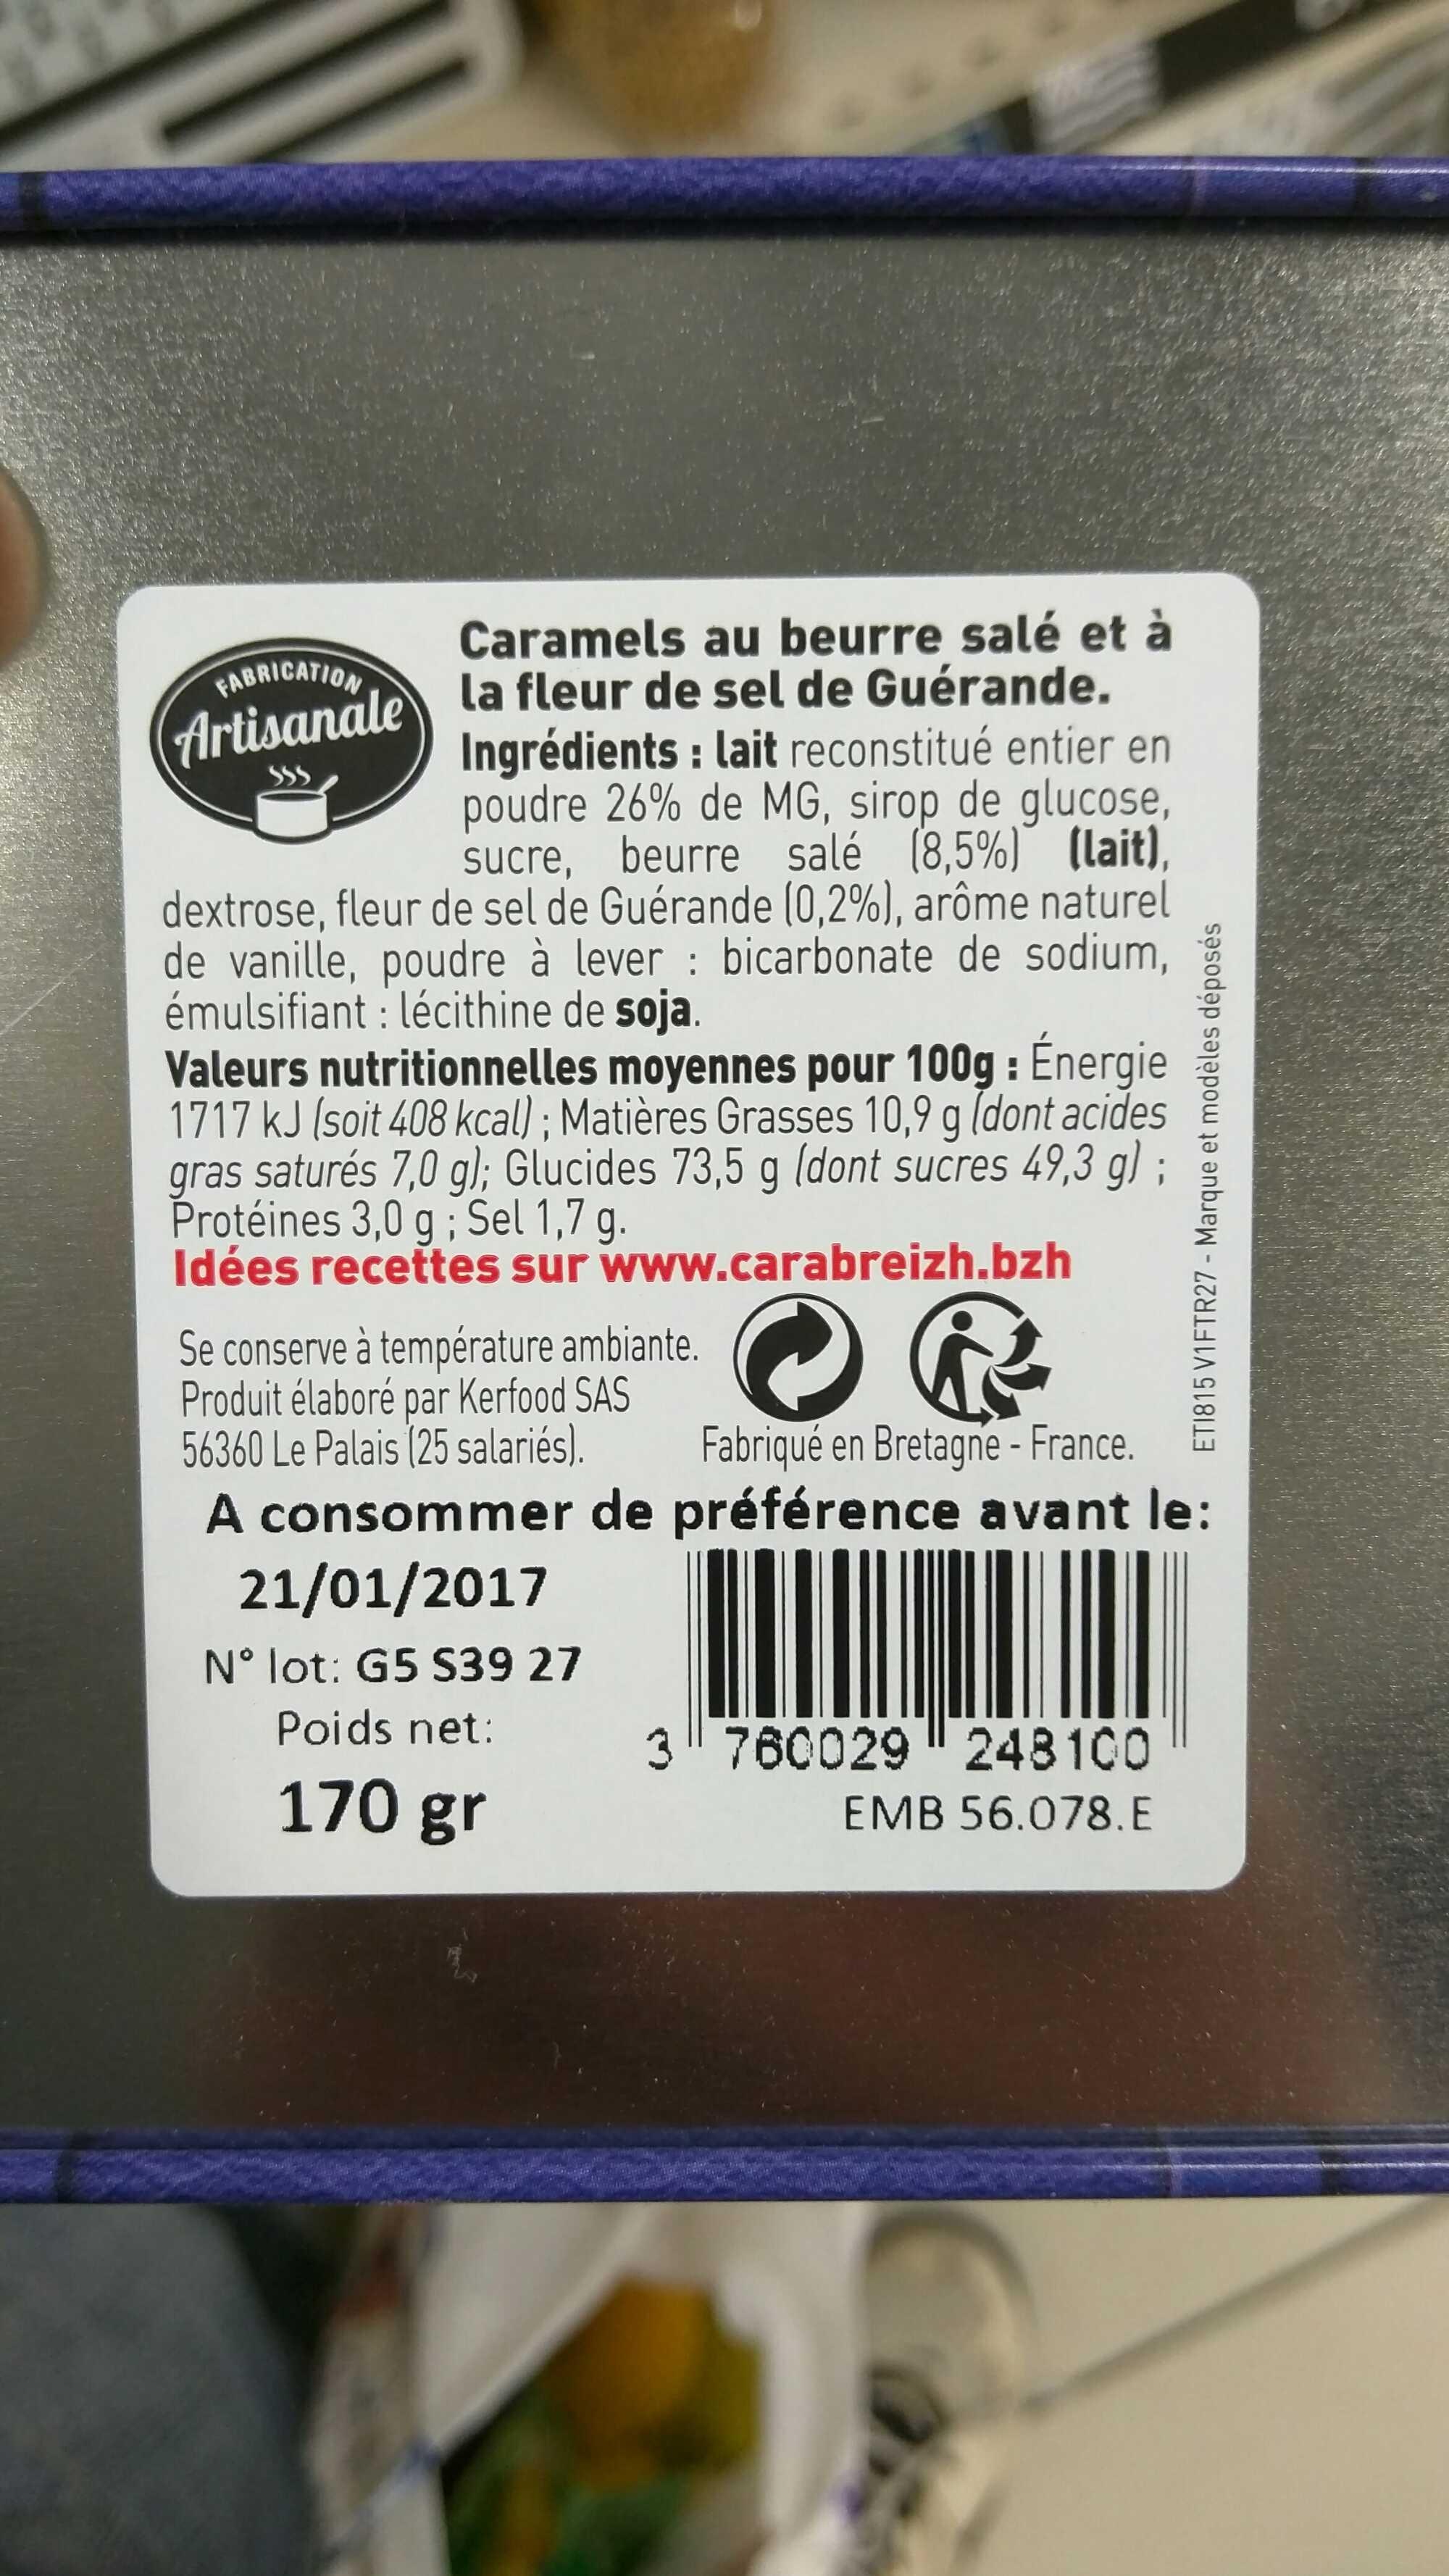
Caramels au beurre salé et à la fleur de sel de Guérande. Ingrédients : lait reconstitué entier en poudre 26% de MG, sirop de glucose, sucre, beurre salé (8,5%) (lait), dextrose, fleur de sel de Guérande (0,2%), arôme naturel de vanille, poudre à lever : bicarbonate de sodium, émulsifiant: lécithine de soja.
Valeurs nutritionnelles moyennes pour 100g : Énergie 1717 kJ (soit 408 kcal); Matières Grasses 10,9 g (dont acides gras saturés 7,0 g); Glucides 73,5 g (dont sucres 49,3 g); Protéines 3,0 g; Sel 1,7 g. Idées recettes sur
www.carabreizh.bzh
FABRICATION
Artisanale
SSS
Se conserve à température ambiante. Produit élaboré par Kerfood SAS 56360 Le Palais (25 salariés). A consommer de 21/01/2017
N° lot: G5 S39 27 Poids net:
170 gr
ET1815 V1FTR27 - Marque et modèles déposés
Fabriqué en Bretagne - France. préférence avant le:
3 760029" 248100
EMB 56.078. E